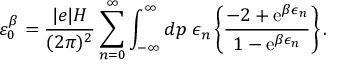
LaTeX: \varepsilon _ { 0 } ^ { \beta } = \frac { | e | H } { ( 2 \pi ) ^ { 2 } } \sum _ { n = 0 } ^ { \infty } \int _ { - \infty } ^ { \infty } d p \; \epsilon _ { n } \left\{ \frac { - 2 + \mathrm { e } ^ { \beta \epsilon _ { n } } } { 1 - \mathrm { e } ^ { \beta \epsilon _ { n } } } \right\} .